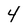
Character: 4